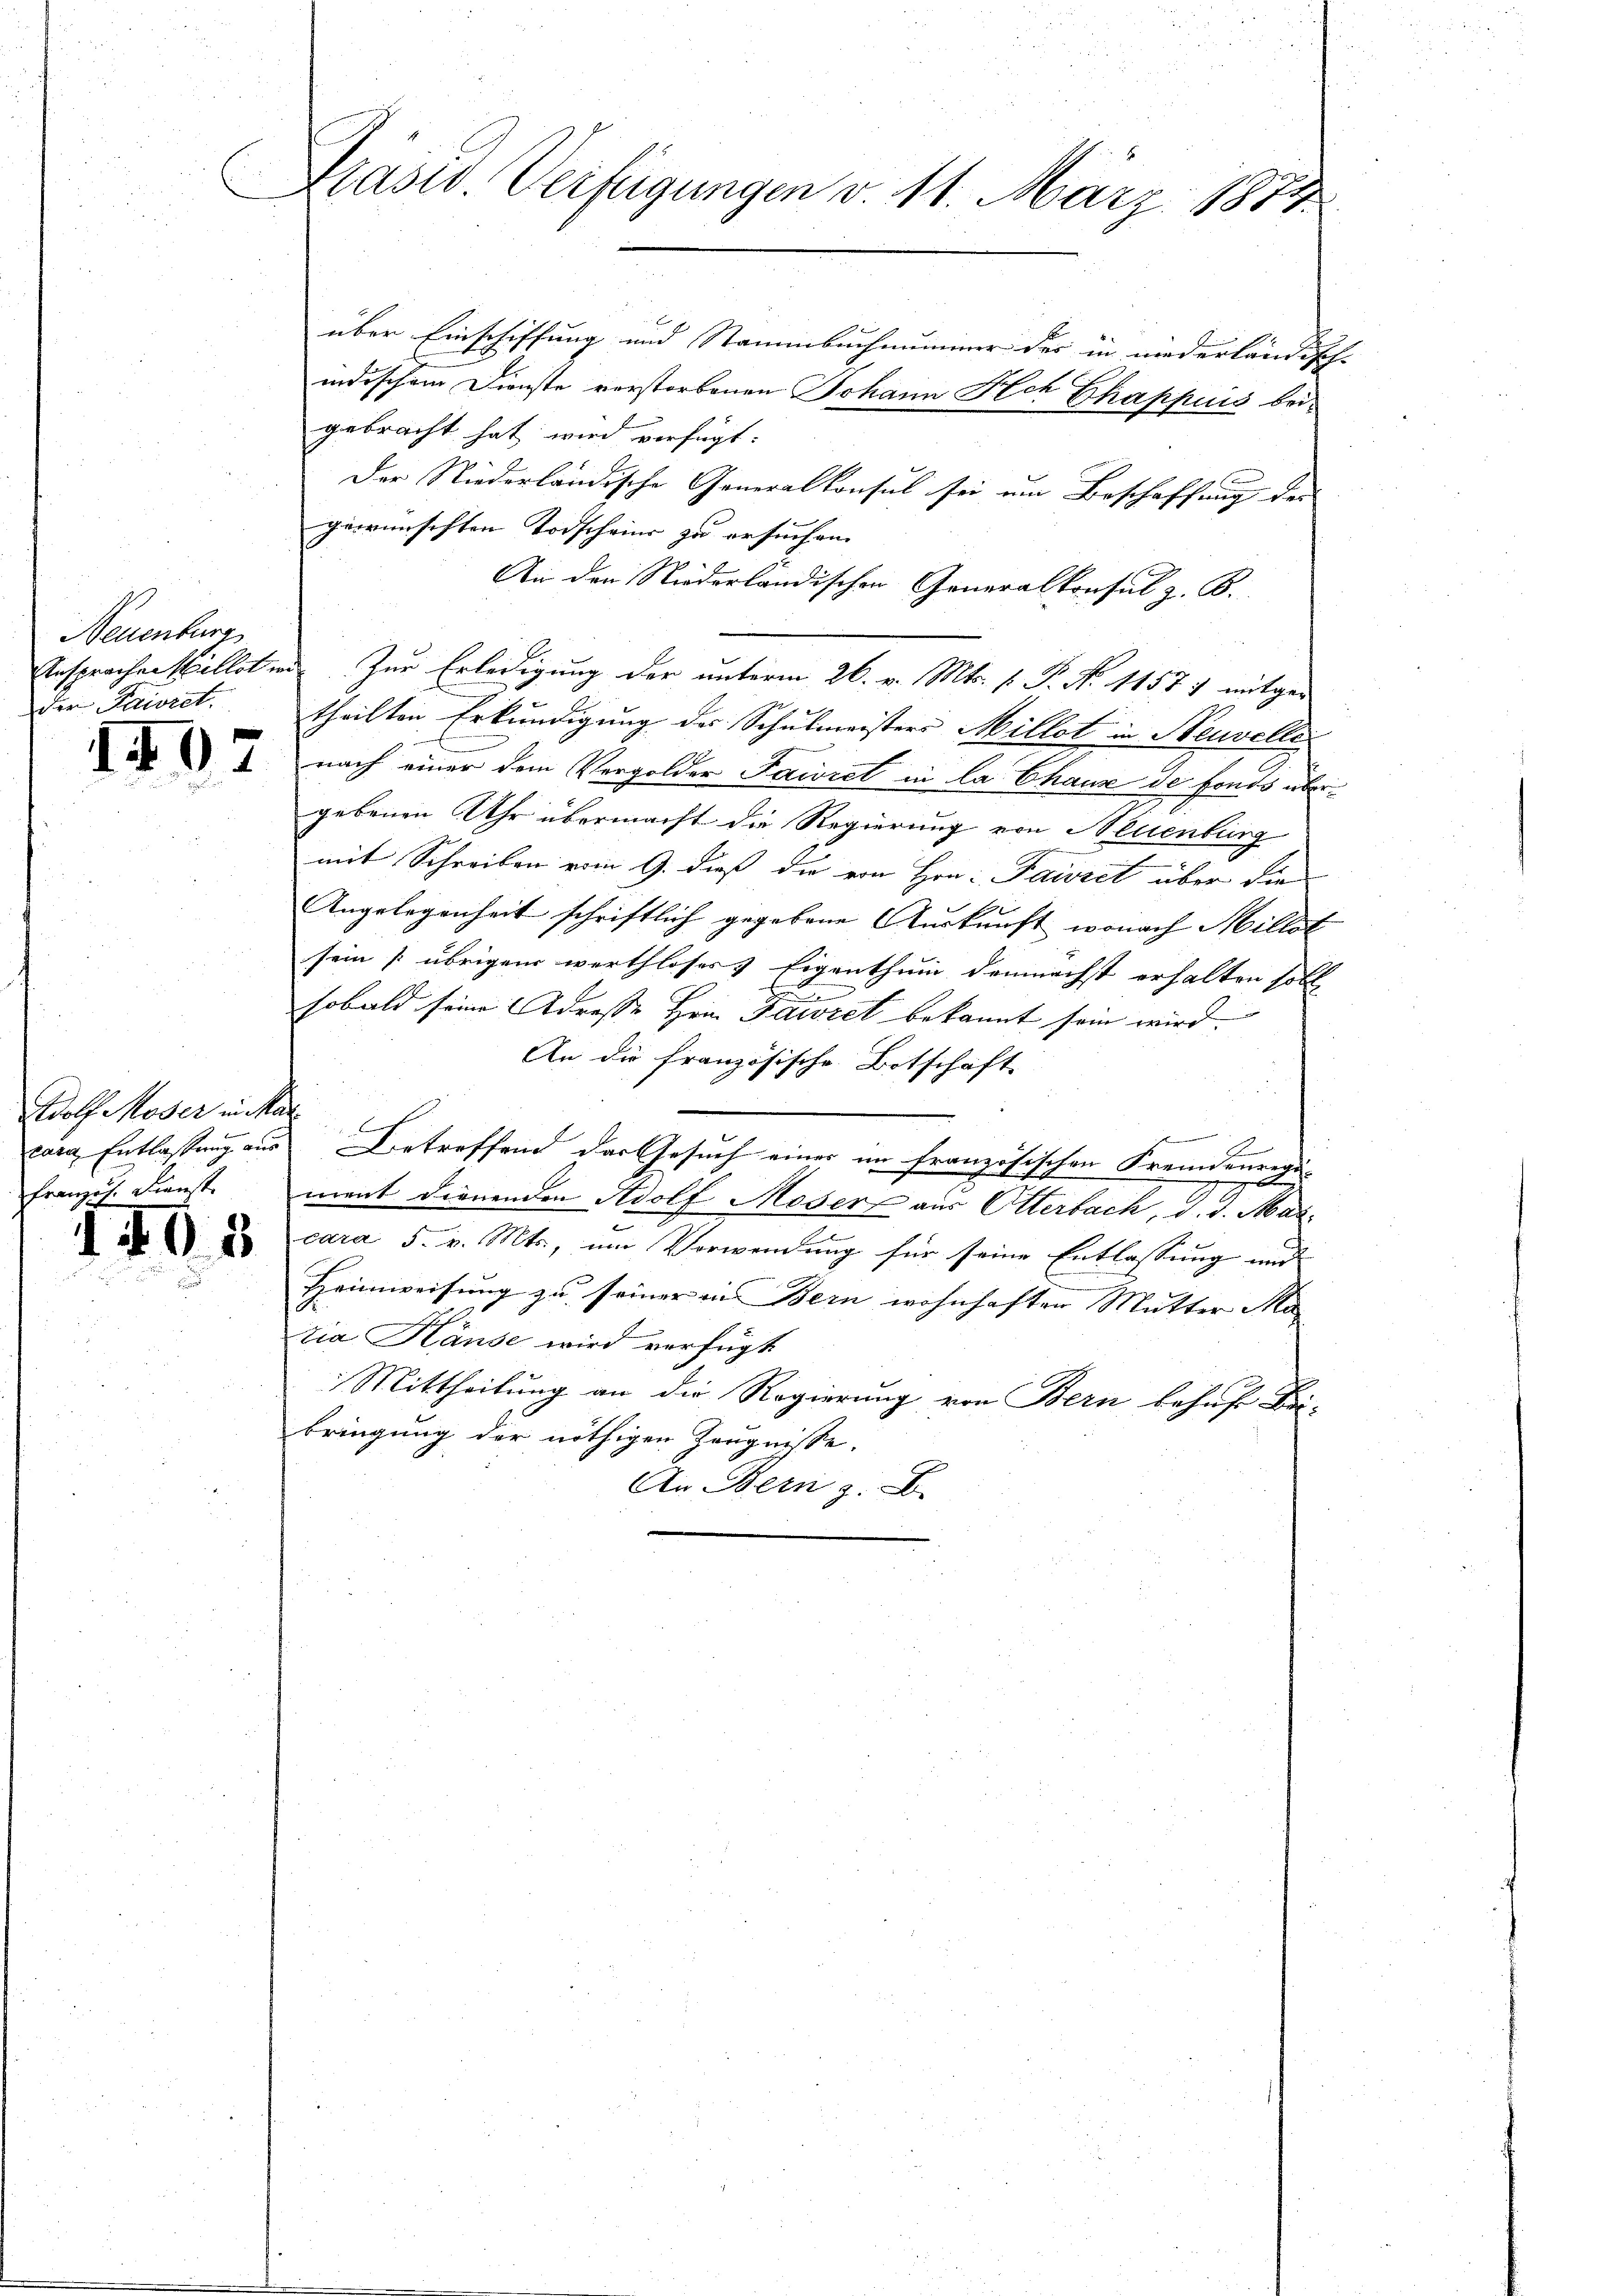
Neuenburg
der Pawect.

Wolf Moser in Kar
Französ. Dienst

1405

Präsid. Verfügungen v. 11. März 1874.

über Einschiffung und Stammbuchnummer der in niederländisch-
indischem Dienste verstorbenen Johann Hlch Chappuis bei
gebracht hat wird verfügt:
Der Niederländische Generalkonsul sei um Beschaffung der |
gewünschten Todscheine zu ersuchen.
An den Niederländischen Generalkonsul z. B.
Ansprache stillet in Zur Erledigung der unterm 26. v. Mts. v. P. No 11577 mitgetheilten Erkundigung des Schulmeisters Millet in Neuvelle
I nach einer dem Vergolder Faciret in de Chana de fonds übergebenen Uhr übermacht die Regierung von Neuenburg
mit Schreiben vom 9. dieß die von Hrn. Parzel über die
Angelegenheit schriftlich gegebene Auskunft, wonach Millet
sein [übrigen werthlosers Eigenthum demnächst erhalten soll,
e
sobald seine Adresse Hrn. Parzel bekannt sein wird.
An die französische Botschaft
Bung
.
S
cara Entlassung aus Betreffend der Gesuch einer im französischen Fremdenregiment dienenden Adolf Moser aus Otterbach, d. d. Mar
c
cara 5. v. Mts., um Vorwendung für seine Entlassung und
Heimweisung zu seiner in Bern wohnhaften Mutter Ma¬
Zia Häuse wird verfügt
Mittheilung an die Regierung von Bern behuf Bei-
bringung der nöthigen Zeugnisse.
An Bern z. B.